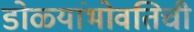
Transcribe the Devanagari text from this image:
डोळ्यांभोवतिची